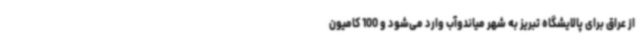
از عراق برای پالایشگاه تبریز به شهر میاندوآب وارد می‌شود و 100 کامیون